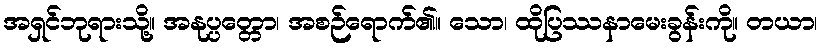
အရှင်ဘုရားသို့။ အနုပ္ပတ္တော၊ အစဉ်ရောက်၏။ သော၊ ထိုပြဿနာမေးခွန်းကို။ တယာ၊